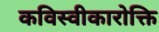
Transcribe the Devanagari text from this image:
कविस्वीकारोक्ति